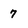
Character: 7